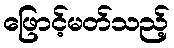
ဖြောင့်မတ်သည့်